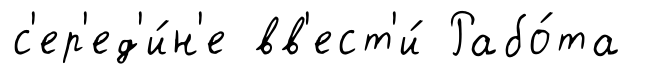
с'ер'ед'и́н'е вв'ест'и́ Рабо́та